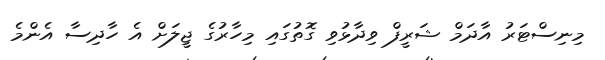
މިނިސްޓަރު އާދަމް ޝަރީފް ވިދާޅުވި ގޮތުގައި މިހާރުގެ ޖީލަށް އެ ހާދިސާ އެންމެ